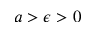
a > \epsilon > 0